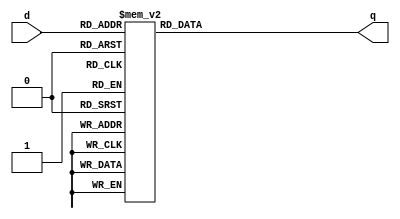
`timescale 1ns / 1ps
//////////////////////////////////////////////////////////////////////////////////
// Company: 
// Engineer: 
// 
// Design Name: 
// Module Name: sevenSegmentEncoder
// Project Name: 
// Target Devices: 
// Tool Versions: 
// Description: 
// 
// Dependencies: 
// 
// Revision:
// Revision 0.01 - File Created
// Additional Comments:
// 
//////////////////////////////////////////////////////////////////////////////////


module sevenSegmentEncoder(q, d);

input [3:0] d;
output [6:0] q;

reg [6:0] q;

// 7-segment encoding
//      0
//     ---
//  5 |   | 1
//     --- <--6
//  4 |   | 2
//     ---
//      3

   always @(d)
      case (d)
          4'b0001 : q = 7'b1111001;   // 1
          4'b0010 : q = 7'b0100100;   // 2
          4'b0011 : q = 7'b0110000;   // 3
          4'b0100 : q = 7'b0011001;   // 4
          4'b0101 : q = 7'b0010010;   // 5
          4'b0110 : q = 7'b0000010;   // 6
          4'b0111 : q = 7'b1111000;   // 7
          4'b1000 : q = 7'b0000000;   // 8
          4'b1001 : q = 7'b0010000;   // 9
          4'b1010 : q = 7'b0001000;   // A
          4'b1011 : q = 7'b0000011;   // b
          4'b1100 : q = 7'b1000110;   // C
          4'b1101 : q = 7'b0100001;   // d
          4'b1110 : q = 7'b0000110;   // E
          4'b1111 : q = 7'b0111111;   // -
          default : q = 7'b1000000;   // 0
      endcase
				
	

endmodule